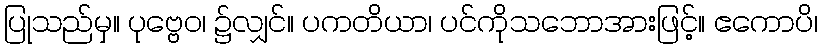
ပြုသည်မှ။ ပုဗ္ဗေဝ၊ ၌လျှင်။ ပကတိယာ၊ ပင်ကိုသဘောအားဖြင့်။ ဧကောပိ၊